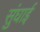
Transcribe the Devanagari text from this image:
सुंघाई